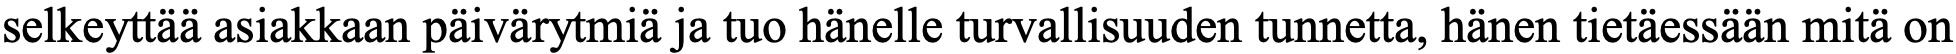
selkeyttää asiakkaan päivärytmiä ja tuo hänelle turvallisuuden tunnetta, hänen tietäessään mitä on